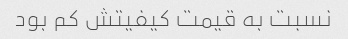
نسبت به قیمت کیفیتش کم بود